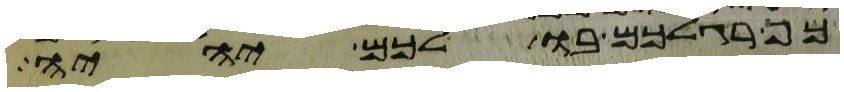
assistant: כף רגלכם בו לכם יהיה